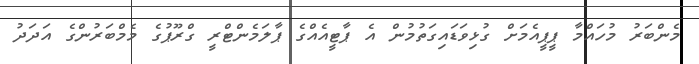
މެންބަރު މުހައްމާ ޕީޕީއެމަށް ގުޅިވަޑައިގަތުމުން އެ ޕާޓީއެއްގެ ޕާލަމެންޓްރީ ގްރޫޕުގެ މެމްބަރުންގެ އަދަދު